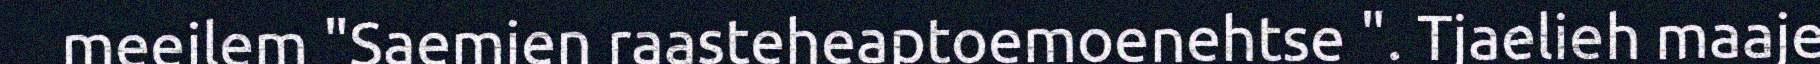
meejlem "Saemien raasteheaptoemoenehtse ". Tjaelieh maaje